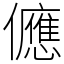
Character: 㒣